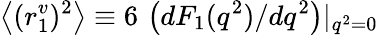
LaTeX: \left<(r_{1}^{v})^{2}\right>\equiv 6\, \left(dF_{1}(q^{2})/dq^{2}\right)|_{q^{2}=0}